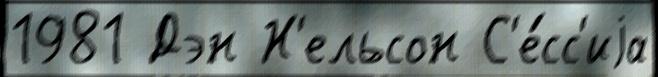
1981 Дэн Н'ельсон С'е́сс'иjа